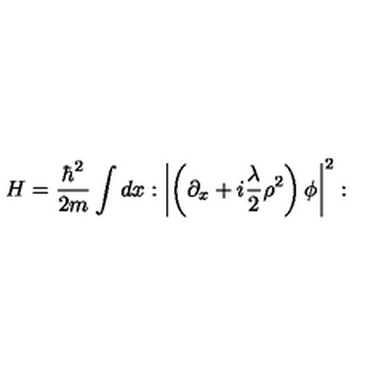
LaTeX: H = { \frac { \hbar ^ { 2 } } { 2 m } } \int d x : \left| \left( \partial _ { x } + i { \frac { \lambda } { 2 } } \rho ^ { 2 } \right) { \phi } \right| ^ { 2 } :